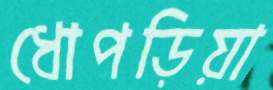
ধোপড়িয়া